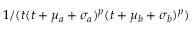
1 / ( t ( t + \mu _ { a } + \sigma _ { a } ) ^ { p } ( t + \mu _ { b } + \sigma _ { b } ) ^ { p } )